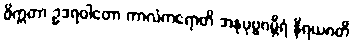
ဓိက္ကတာ ဥဒရဝါတော ကာလံကရောတိ အနုပုဗ္ဗဂမ္ဘီရံ နိရယဂတိ